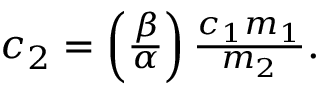
\begin{array} { r } { c _ { 2 } = \left( \frac { \beta } { \alpha } \right) \frac { c _ { 1 } m _ { 1 } } { m _ { 2 } } . } \end{array}